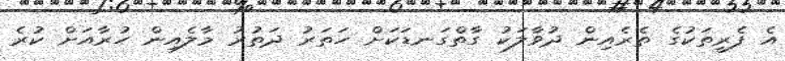
އެ ފެރީތަކުގެ ތެރެއިން ދުވާލަކު ގާތްގަނޑަކަށް ހަތަރު ދަތުރު މާލެއިން ހުރާއަށް ކުރެ